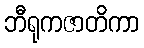
ဘီရုကဇာတိကာ